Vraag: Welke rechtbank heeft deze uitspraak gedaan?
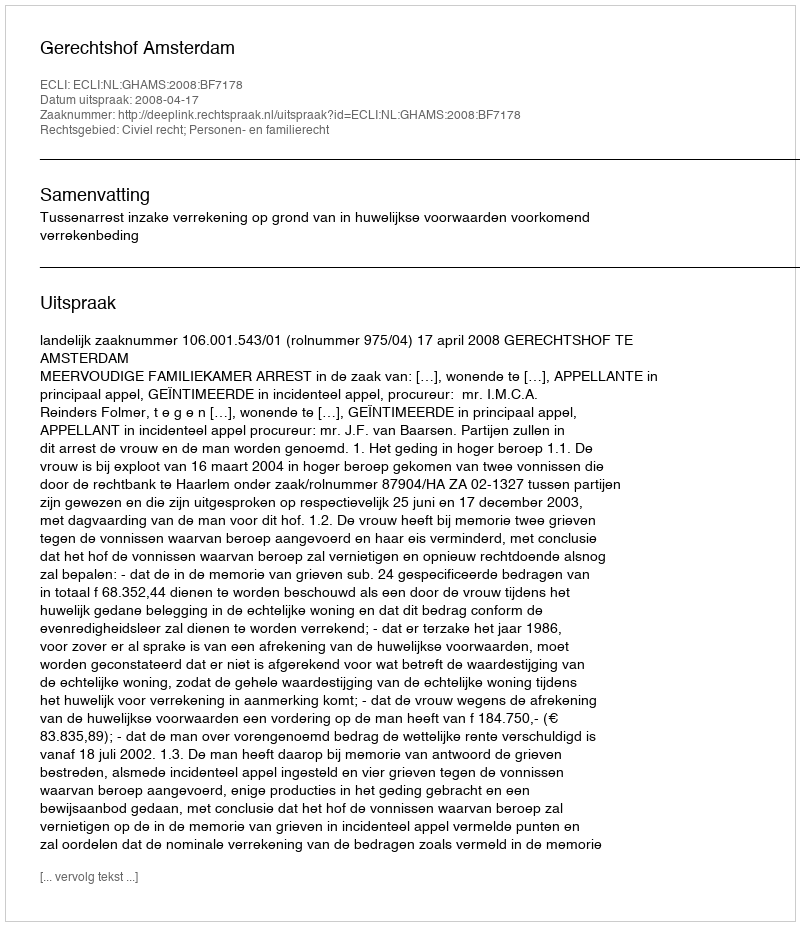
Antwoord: Gerechtshof Amsterdam